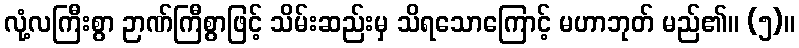
လုံ့လကြီးစွာ ဉာဏ်ကြီစွာဖြင့် သိမ်းဆည်းမှ သိရသောကြောင့် မဟာဘုတ် မည်၏။ (၅)။